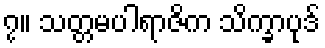
၇။ သတ္တမပါရာဇိက သိက္ခာပုဒ်